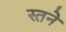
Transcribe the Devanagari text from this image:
स्तने